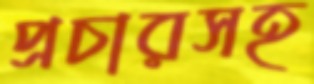
প্রচারসহ